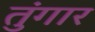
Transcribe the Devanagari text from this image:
तुंगार